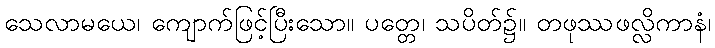
သေလာမယေ၊ ကျောက်ဖြင့်ပြီးသော။ ပတ္တေ၊ သပိတ်၌။ တဖုဿဖလ္လိကာနံ၊